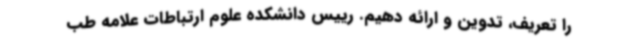
را تعریف، تدوین و ارائه دهیم. رییس دانشکده علوم ارتباطات علامه طب